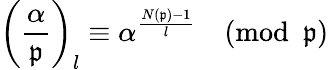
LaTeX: \left({\frac{\alpha}{\mathfrak{p}}}\right)_{l}\equiv\alpha^{\frac{N({\mathfrak{p}})-1}{l}}{\pmod{\mathfrak{p}}}